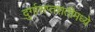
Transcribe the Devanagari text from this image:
दुर्गासप्तशतीमध्ये